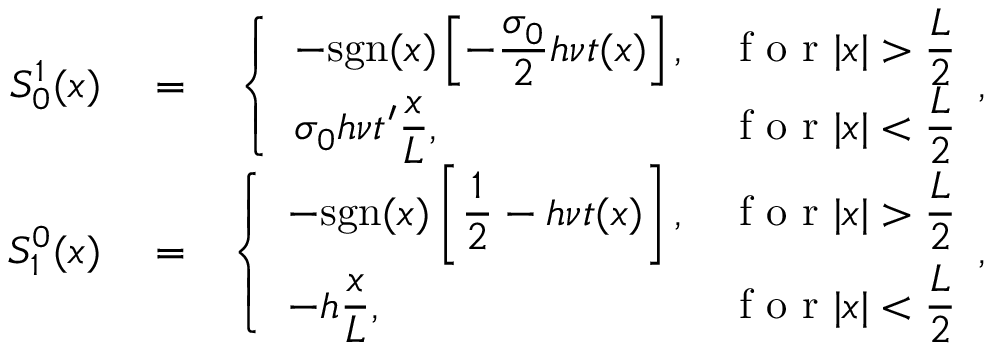
\begin{array} { r l r } { S _ { 0 } ^ { 1 } ( x ) } & { { } = } & { \left\{ \begin{array} { l l } { \displaystyle - \mathrm { s g n } ( x ) \left[ - \frac { \sigma _ { 0 } } { 2 } h \nu t ( x ) \right] , } & { \displaystyle \textrm { f o r } | x | > \frac { L } { 2 } } \\ { \displaystyle \sigma _ { 0 } h \nu t ^ { \prime } \frac { x } { L } , } & { \displaystyle \textrm { f o r } | x | < \frac { L } { 2 } } \end{array} , \right. } \\ { S _ { 1 } ^ { 0 } ( x ) } & { { } = } & { \left\{ \begin{array} { l l } { \displaystyle - \mathrm { s g n } ( x ) \left[ \frac { 1 } { 2 } - h \nu t ( x ) \right] , } & { \displaystyle \textrm { f o r } | x | > \frac { L } { 2 } } \\ { \displaystyle - h \frac { x } { L } , } & { \displaystyle \textrm { f o r } | x | < \frac { L } { 2 } } \end{array} , \right. } \end{array}